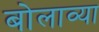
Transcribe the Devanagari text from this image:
बोलाव्या